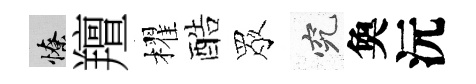
憭羶櫂酷眾究奐沅